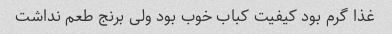
غذا گرم بود کیفیت کباب خوب بود ولی برنج طعم نداشت